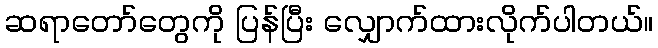
ဆရာတော်တွေကို ပြန်ပြီး လျှောက်ထားလိုက်ပါတယ်။